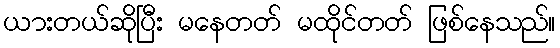
ယားတယ်ဆိုပြီး မနေတတ် မထိုင်တတ် ဖြစ်နေသည်။